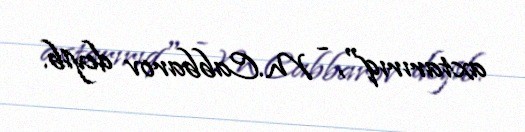
axtarırıq", - M.Cabbarov deyib.